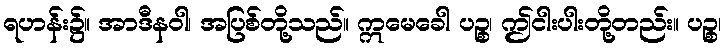
ရဟန်း၌။ အာဒီနဝါ၊ အပြစ်တို့သည်။ ဣမေခေါ ပဉ္စ၊ ဤငါးပါးတို့တည်း။ ပဉ္စ၊